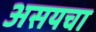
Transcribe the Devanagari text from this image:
असयचा